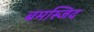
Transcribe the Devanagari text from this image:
बमस्जिद